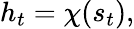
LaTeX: h_{t}=\chi(s_{t}),